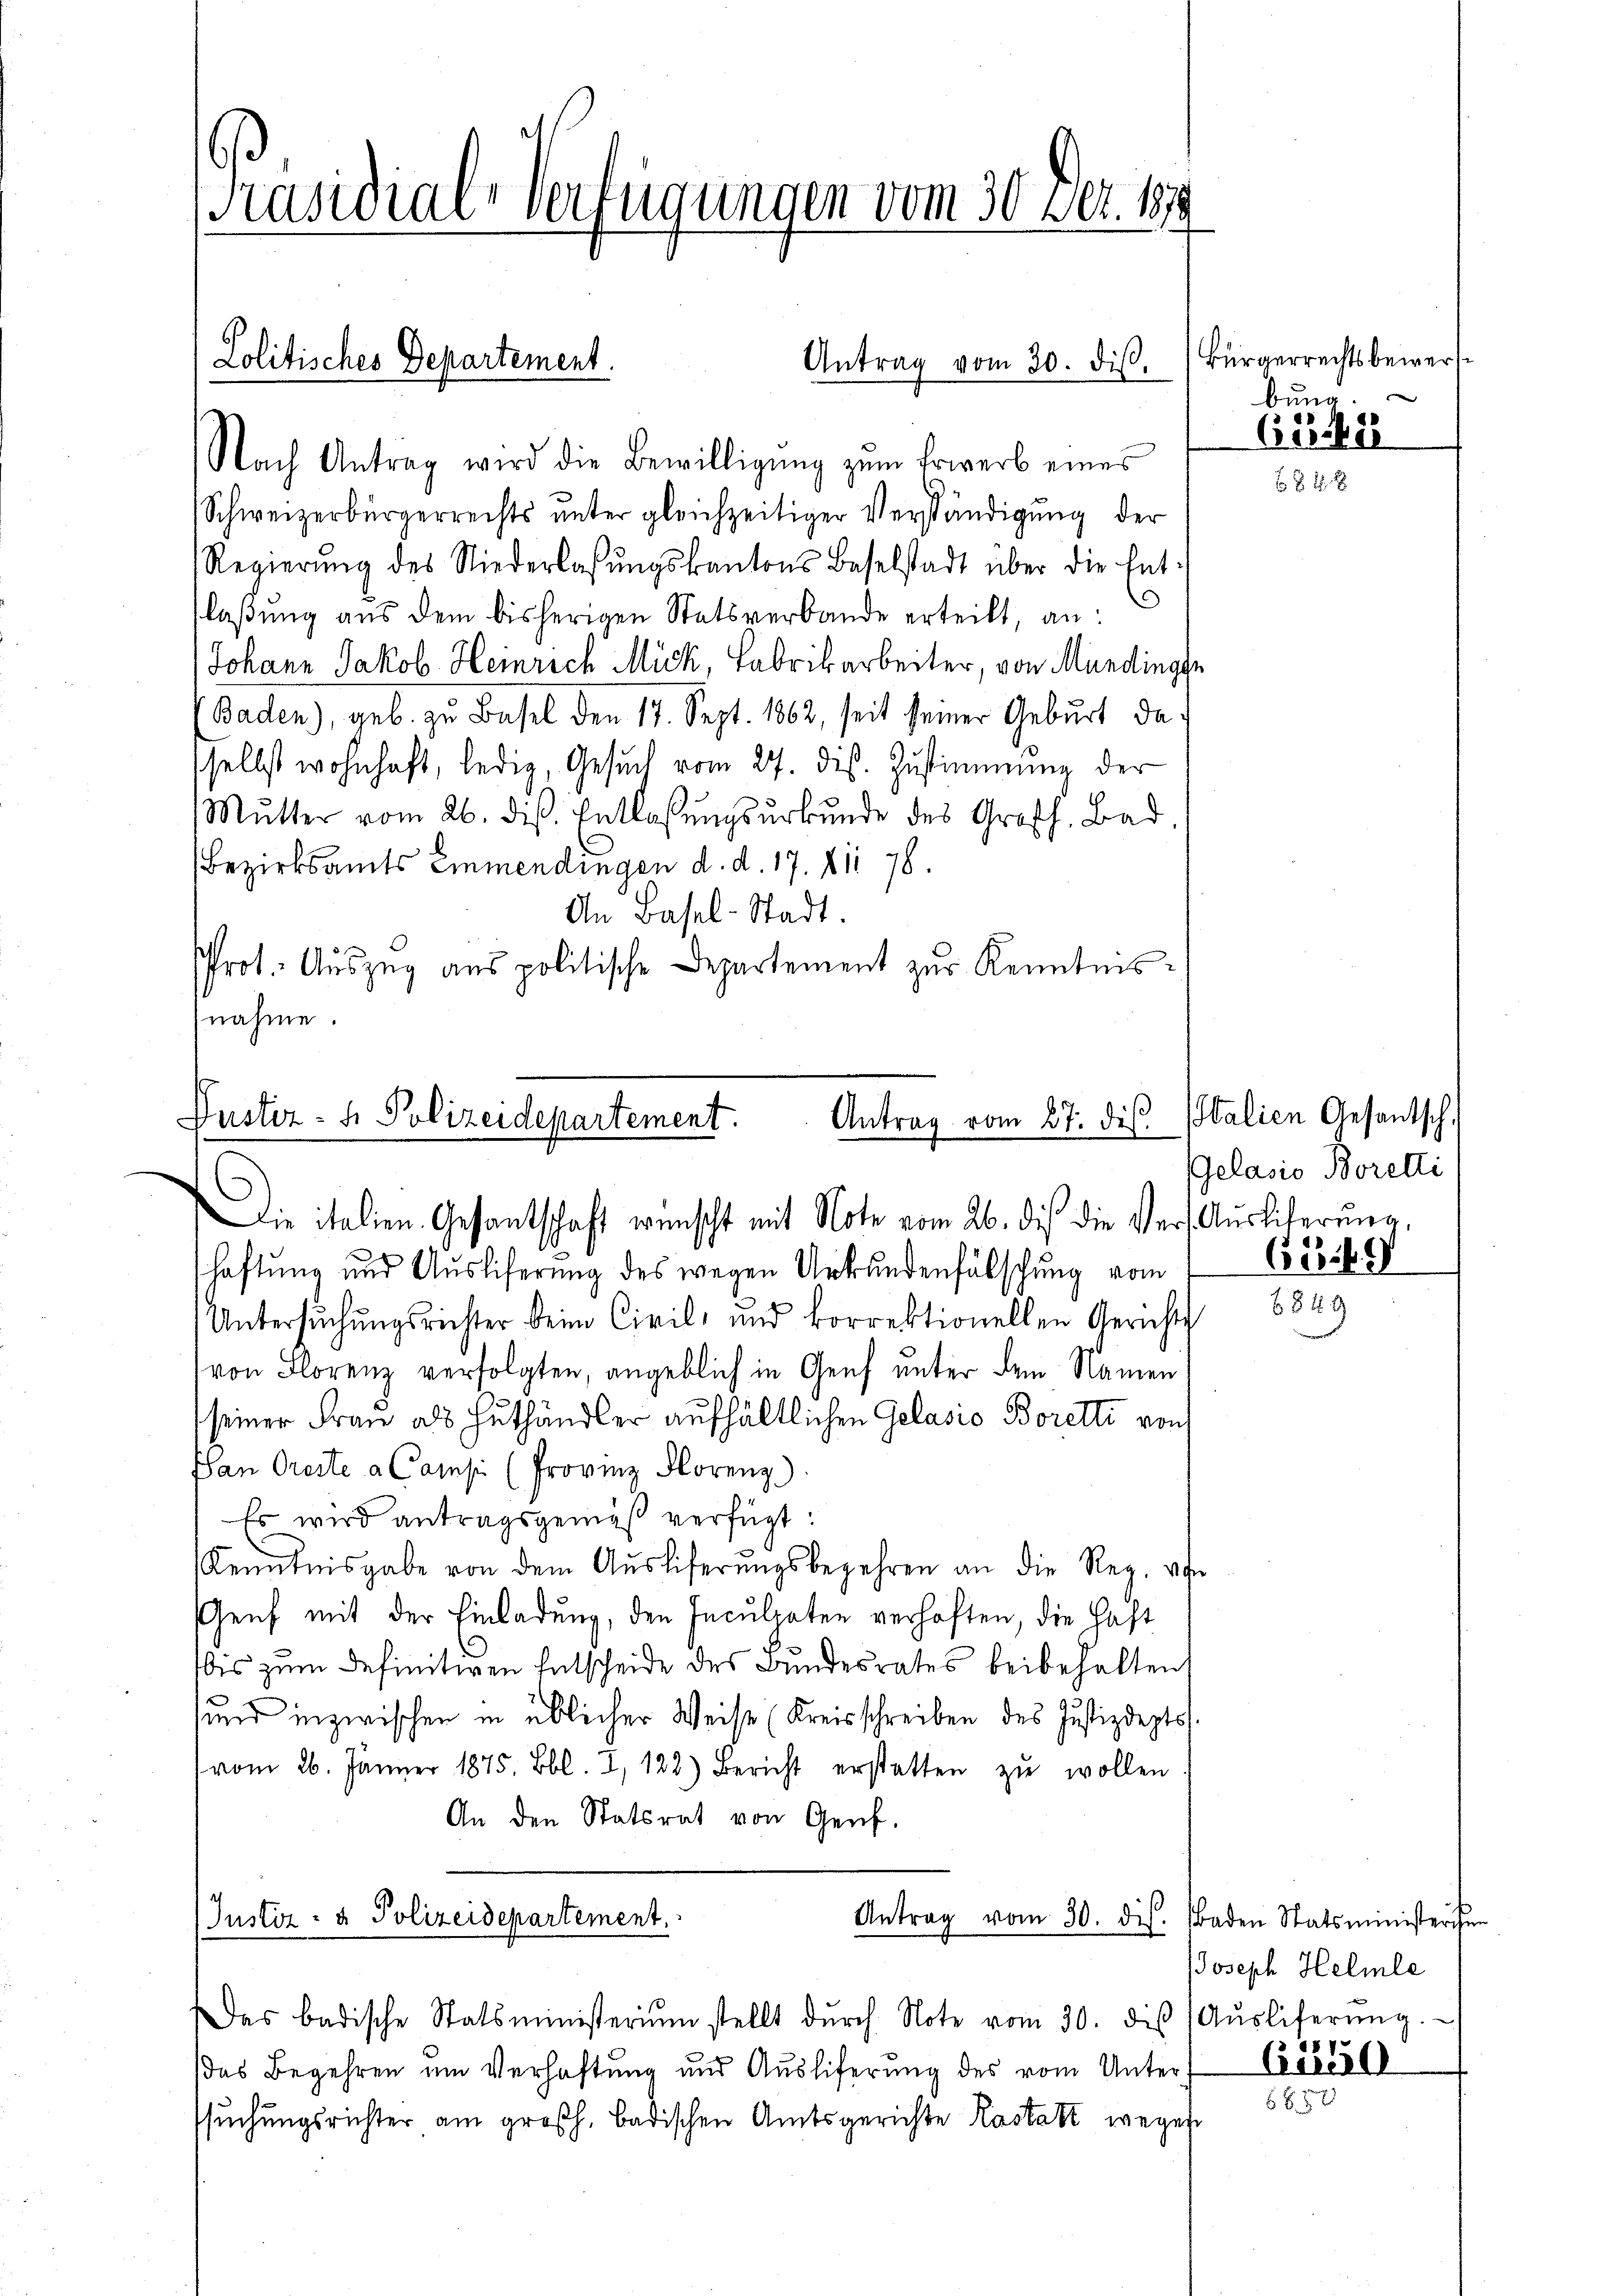
Präsidial-Verfügungen vom 30. ver. 1879

Nach Antrag wird die Bewilligŭng zum Erwerb eines
Schweizerbürgerrechts unter gleichzeitiger Verständigung der
Regierung des Niederlassŭngskantons Baselstadt über die Entflaßung aus dem bisherigen Statsverbande erteilt, an:
Johann Jakob. Heinrich Mück, Fabrikarbeiter, von Mundings
Baden), geb. zu Basel den 17. Sept. 1862, seit seiner Geburt das
sselbst wohnhaft, ledig, Gesŭch vom 27. dis. Zŭstimmung der
Mŭtter vom 26. diβ. Entlassŭngsŭrkŭnde des Großh. Bad
Bezirksamts Emmendingen d. d. 17. die 78.
An Basel-Stadt.
Prot. Auszug aus politische Departement zur Kenntnisnahme.

Lolitisches Departement.

Puster- u Polizeidepartement.
Antrag vom 27. ds.
Die italien. Gesantschaft wünscht mit Note vom 26. dies die Vers. Auslieferŭng,

Justiz- & Polizeidepartement.

Antrag vom 30. diβ.

Bürgerrechtsbewerf
bung.
651482

haftung und Auslieferung des wegen Urkundenfälschung vom
Untersuchungsrichter beim Civil- und korrektionellen Gerichts
von Florenz verfolgten, angeblich in Genf unter dem Namen
seiner Frau als Huthändler aufhältlichen Gelasio Borelti von
San Oreste a Camsi (Provinz Florenz)
Es wird antragsgemäß verfügt:
Kenntnisgabe von dem Aŭsliferŭngsbegehren an die Reg. von
Genf mit der Einladung, den Inculpaten verhaften, die Haft
bis zum definitiven Entscheide des Bundesrates beibehalten
sund inzwischen in üblicher Weise (Kreisschreiben des Justizdeptsvom 26. Jänner 1875. Bbl. I, 122) Bericht erstatten zŭ wollen
An den Statsrat von Genf.

Antrag vom 30. dis. Baden Statsministerien

Das badische Statsministerium stellt dŭrch Note vom 30. die Aŭsliferŭng.
das Begehren um Verhaftung und Ausliferung des vom Unterssuchungsrichter am großh. badischen Amtsgerichte Kastatt wegen

Italien Gesantsch,
Gelasio Boretti

6549
6849

JJoseph Helmle

61850
650